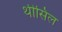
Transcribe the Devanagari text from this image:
थीसिल